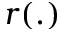
r ( . )